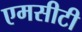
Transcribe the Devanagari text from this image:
एमसीटी